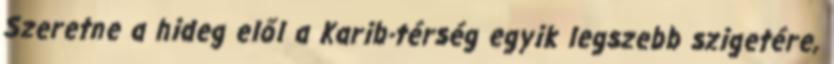
Szeretne a hideg elől a Karib-térség egyik legszebb szigetére,